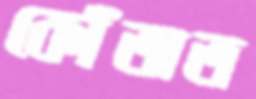
কোঁতাত